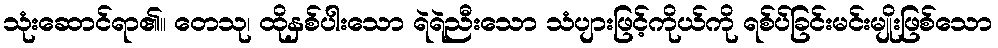
သုံးဆောင်ရာ၏။ တေသု၊ ထိုနှစ်ပါးသော ရဲရဲညီးသော သံပျားဖြင့်ကိုယ်ကို ရစ်ပ်ခြင်းမင်းမျိုးဖြစ်သော